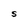
Character: S